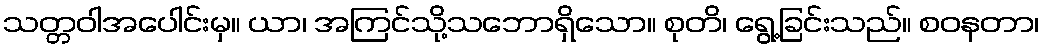
သတ္တဝါအပေါင်းမှ။ ယာ၊ အကြင်သို့သဘောရှိသော။ စုတိ၊ ရွေ့ခြင်းသည်။ စဝနတာ၊